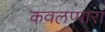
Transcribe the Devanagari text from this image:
कवलप्पारा